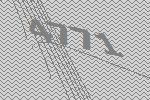
4771